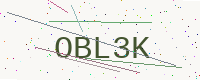
Text: OBL3K